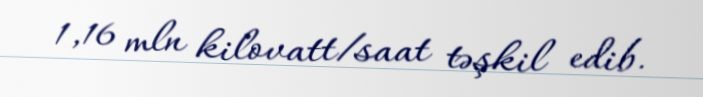
1,16 mln kilovatt/saat təşkil edib.